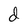
Character: d